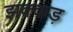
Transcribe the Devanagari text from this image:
झक्कड़